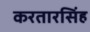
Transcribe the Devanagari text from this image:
करतारसिंह